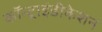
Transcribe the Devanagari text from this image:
कॉन्ट्राइंडीकेशन